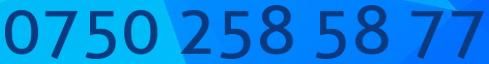
0750 258 58 77